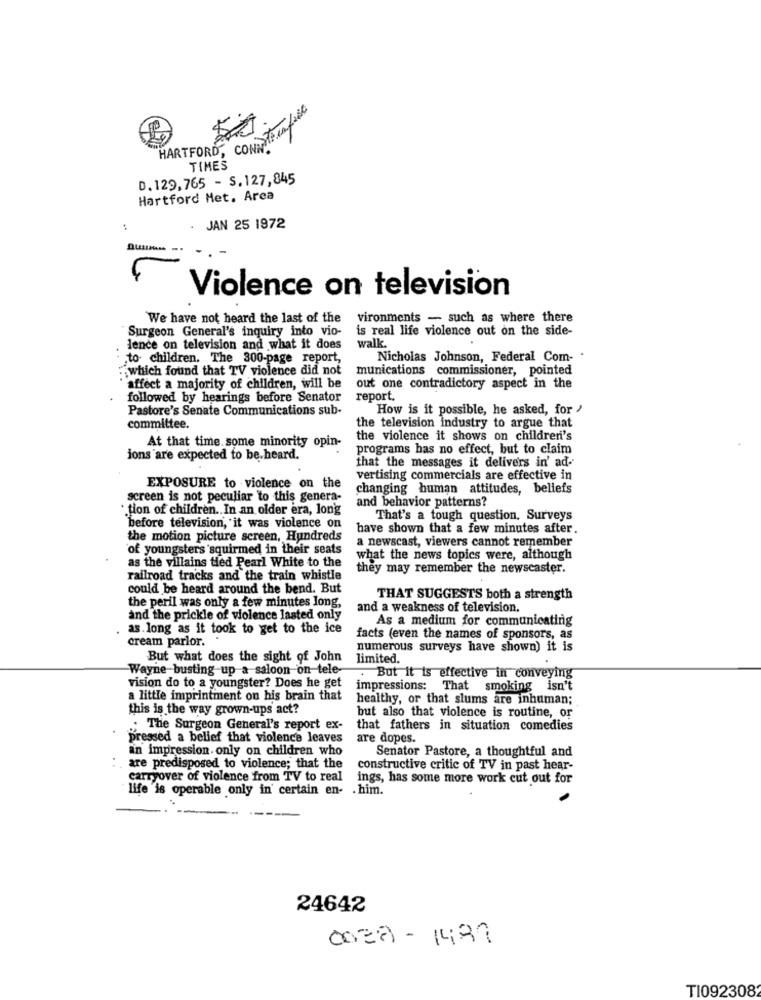
HARTFORD, CONDItelofase
TIMES
D. 129,765 - S. 127,845
Hartford Met. Area
JAN 25 1972
Violence on television
We have not heard the last of the
vironments - such as where there
Surgeon General's inquiry into vio-
is real life violence out on the side-
walk.
lence on television and what it does
to children. The 300-page report,
Nicholas Johnson, Federal Com- .
.which found that TV violence did not
munications commissioner, pointed
affect a majority of children, will be
out one contradictory aspect in the
followed by hearings before Senator
report.
Pastore's Senate Communications sub-
How is it possible, he asked, for "
committee.
the television industry to argue that
the violence it shows on children's
At that time some minority opin-
programs has no effect, but to claim
ions are expected to be. heard.
that the messages it delivers in' ad-
vertising commercials are effective in
EXPOSURE to violence on the
changing human attitudes, beliefs
screen is not peculiar to this genera-
and behavior patterns?
·tion of children .. In an older era, long
That's a tough question, Surveys
before television, it was violence on
have shown that a few minutes after.
the motion picture screen, Hundreds
a newscast, viewers cannot remember
of youngsters squirmed in their seats
what the news topics were, although
as the villains tied Pearl White to the
they may remember the newscaster.
railroad tracks and the train whistle
could be heard around the bend. But
THAT SUGGESTS both a strength
the peril was only a few minutes Iong,
and a weakness of television.
and the prickle of violence lasted only
As a medium for communicating
as long as it took to get to the ice
cream parlor. .
facts (even the names of sponsors, as
numerous surveys have shown) it is
But what does the sight of John
limited.
Wayne busting up a saloon on tele
. But it is effective in conveying
vision do to a youngster? Does he get
impressions: That smoking isn't
a little imprintment on his brain that
healthy, or that slums are inhuman;
this is the way grown-ups act?
but also that violence is routine, or
; The Surgeon General's report ex-
that fathers in situation comedies
pressed a belief that violence leaves
are dopes.
an impression only on children who
Senator Pastore, a thoughtful and
are predisposed to violence; that the
constructive critic of TV in past hear-
carryover of violence from TV to real
ings, has some more work cut out for
life is operable only in certain en- . him.
24642
0032- 1487
TI092308